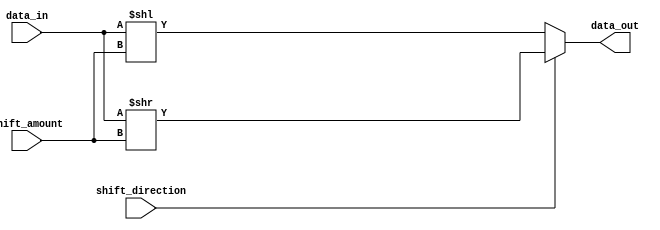
module HybridBarrelShifter (
    input wire [7:0] data_in,
    input wire [2:0] shift_amount,
    input wire shift_direction, // 0 for left shift, 1 for right shift
    output reg [7:0] data_out
);

reg [7:0] temp_data;

always @* begin
    if (shift_direction == 0) begin // left shift
        temp_data = data_in << shift_amount;
    end else begin // right shift
        temp_data = data_in >> shift_amount;
    end

    // Add ALU logic here for optimizing shifting process

    data_out = temp_data;
end

endmodule